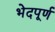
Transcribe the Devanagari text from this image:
भेदपूर्ण